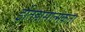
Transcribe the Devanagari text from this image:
इतिहासात्मकता